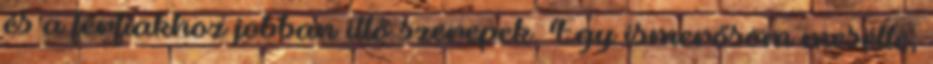
és a férfiakhoz jobban illő szerepek. Egy ismerősöm mesélte,